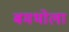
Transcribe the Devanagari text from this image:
बमभोला